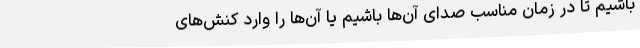
باشیم تا در زمان مناسب صدای آن‌ها باشیم یا آن‌ها را وارد کنش‌های